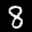
Label: 8